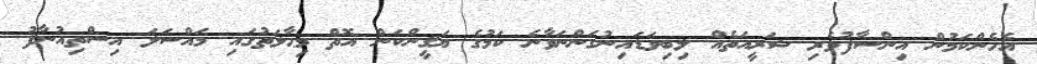
އެހެންކަމުން އިންސާފުވެރި ޝަރީއަތެއް ލިބިވަޑައިނުގަންނަވާނެ ކަމުގެ ޔަޤީންކަން އޮތް މިޙާލަތުގައި މައްސަލަ އިސްތިއުނާފު